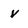
Character: v